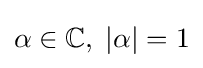
\alpha \in \mathbb {C} ,\;|\alpha |=1